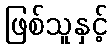
ဖြစ်သူနှင့်